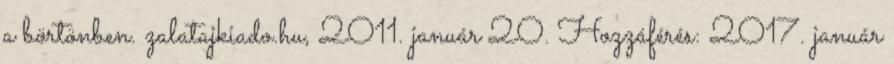
a börtönben. zalatajkiado.hu, 2011. január 20. Hozzáférés: 2017. január